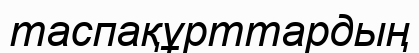
таспақұрттардың